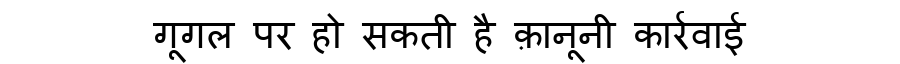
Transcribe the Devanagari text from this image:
गूगल पर हो सकती है क़ानूनी कार्रवाई